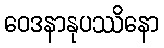
ဝေဒနာနုပဿိနော